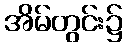
အိမ်တွင်း၌